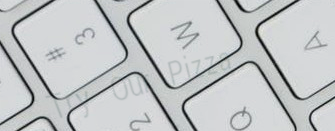
Try Our Pizza